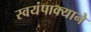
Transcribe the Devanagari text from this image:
स्वयंपाक्याने